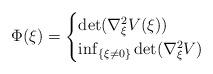
LaTeX: \begin{align*}\Phi(\xi) = \begin{cases} \det(\nabla_{\xi}^2V(\xi)) & \\ \inf_{\{\xi \neq 0\}} \det(\nabla_{\xi}^2V) & \end{cases}\end{align*}